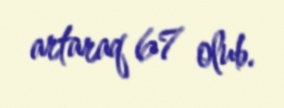
artaraq 67 olub.